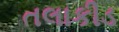
તલાકીડ